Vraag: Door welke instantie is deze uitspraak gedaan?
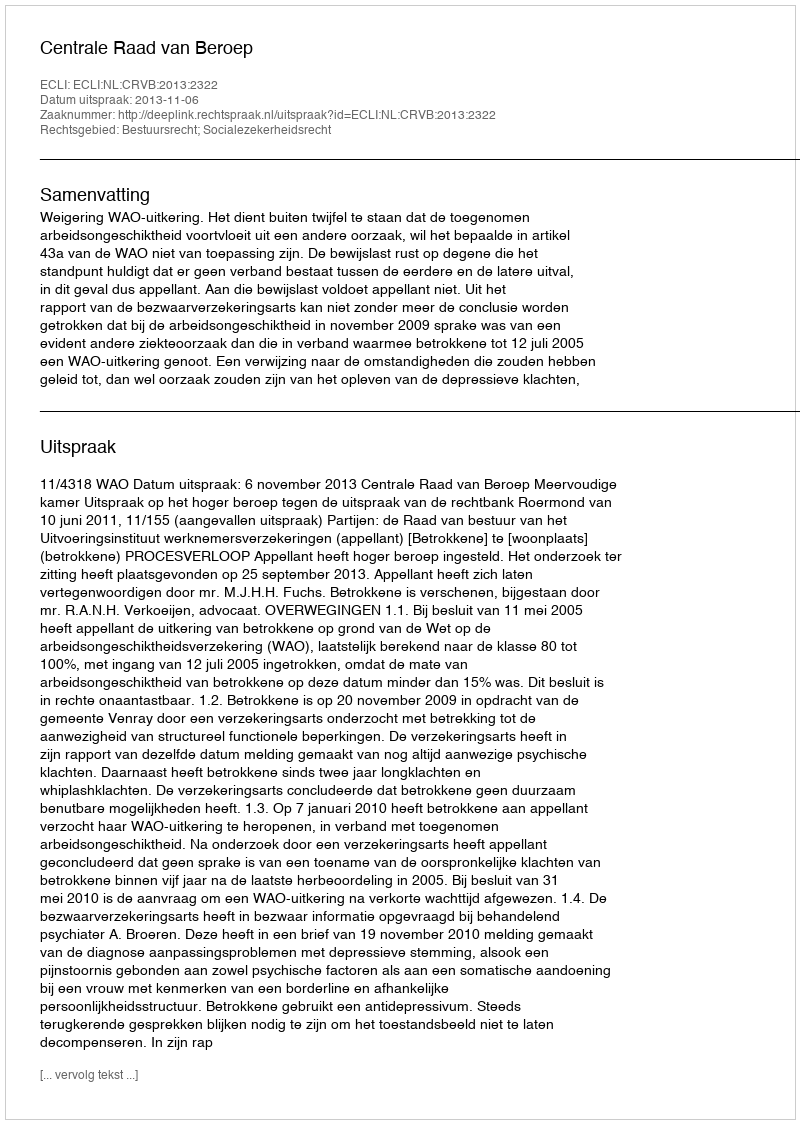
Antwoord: Centrale Raad van Beroep